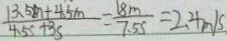
\frac { 1 3 . 5 m + 4 . 5 m } { 4 . 5 x + 3 s } = \frac { 1 8 m } { 7 . 5 s } = 2 . 4 m / s